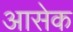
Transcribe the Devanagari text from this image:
आसेक